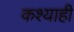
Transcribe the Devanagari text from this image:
कश्याही